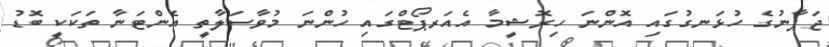
ޖަޕާނުގެ ހުޅަނގުގައި އޮންނަ ހިރޮޝީމާ އެއަރޕޯޓްގައި ހުންނަ މުވާސަލާތީ އެންޓަނާ ތަކަކީ ބޮޑު